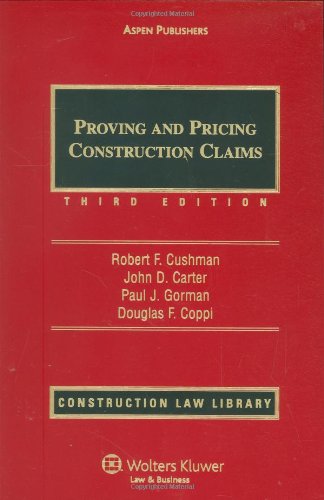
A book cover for Proving and Pricing Construction Claims (Construction Law Library); Esq., Robert F. Cushman; Law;